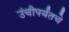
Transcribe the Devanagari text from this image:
उंचीपर्यंतचे